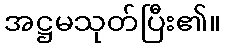
အဋ္ဌမသုတ်ပြီး၏။